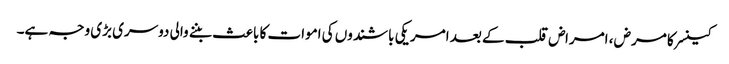
کینسر کا مرض ، امراض قلب کے بعد امریکی باشندوں کی اموات کا باعث بننے والی دوسری بڑی وجہ ہے۔